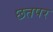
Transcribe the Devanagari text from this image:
छतपर